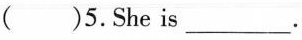
( ) 5.She is___.